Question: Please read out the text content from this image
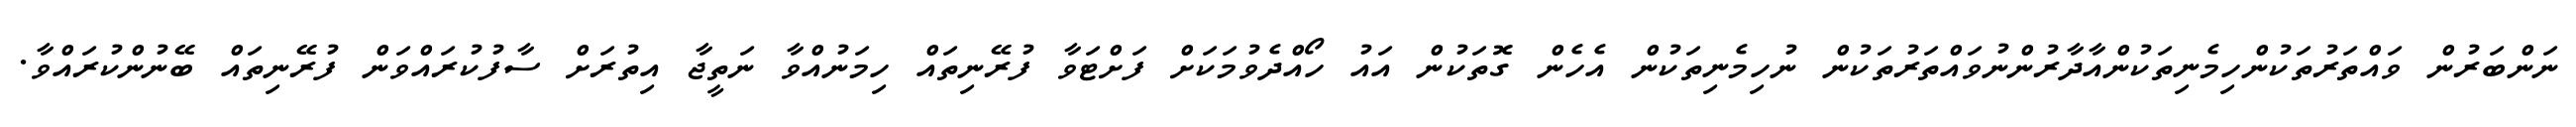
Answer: ނަންބަރުން ވައްތަރުތަކުންހިމެނިތަކުންއާދާރުންނުވައްތަރުތަކުން ނުހިމެނިތަކުން އެހެން ގޮތަކުން އައު ހޯއްދެވުމަކަށް ފަށްޓަވާ ފުރޭނިތައް ހިމަނުއްވާ ނަތީޖާ އިތުރަށް ސާފުކުރައްވަން ފުރޭނިތައް ބޭނުންކުރައްވާ.